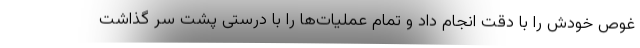
غوص خودش را با دقت انجام داد و تمام عملیات‌ها را با درستی پشت سر گذاشت